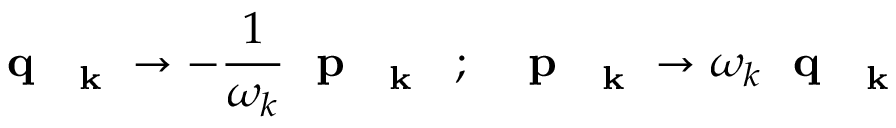
\mathrm { ~ \bf ~ q ~ } _ { \mathrm { ~ \bf ~ k ~ } } \to - \frac { 1 } { \omega _ { k } } \mathrm { ~ \bf ~ p ~ } _ { \mathrm { ~ \bf ~ k ~ } } \; \; ; \; \; \mathrm { ~ \bf ~ p ~ } _ { \mathrm { ~ \bf ~ k ~ } } \to \omega _ { k } \mathrm { ~ \bf ~ q ~ } _ { \mathrm { ~ \bf ~ k ~ } }